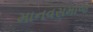
માનવસમાજ